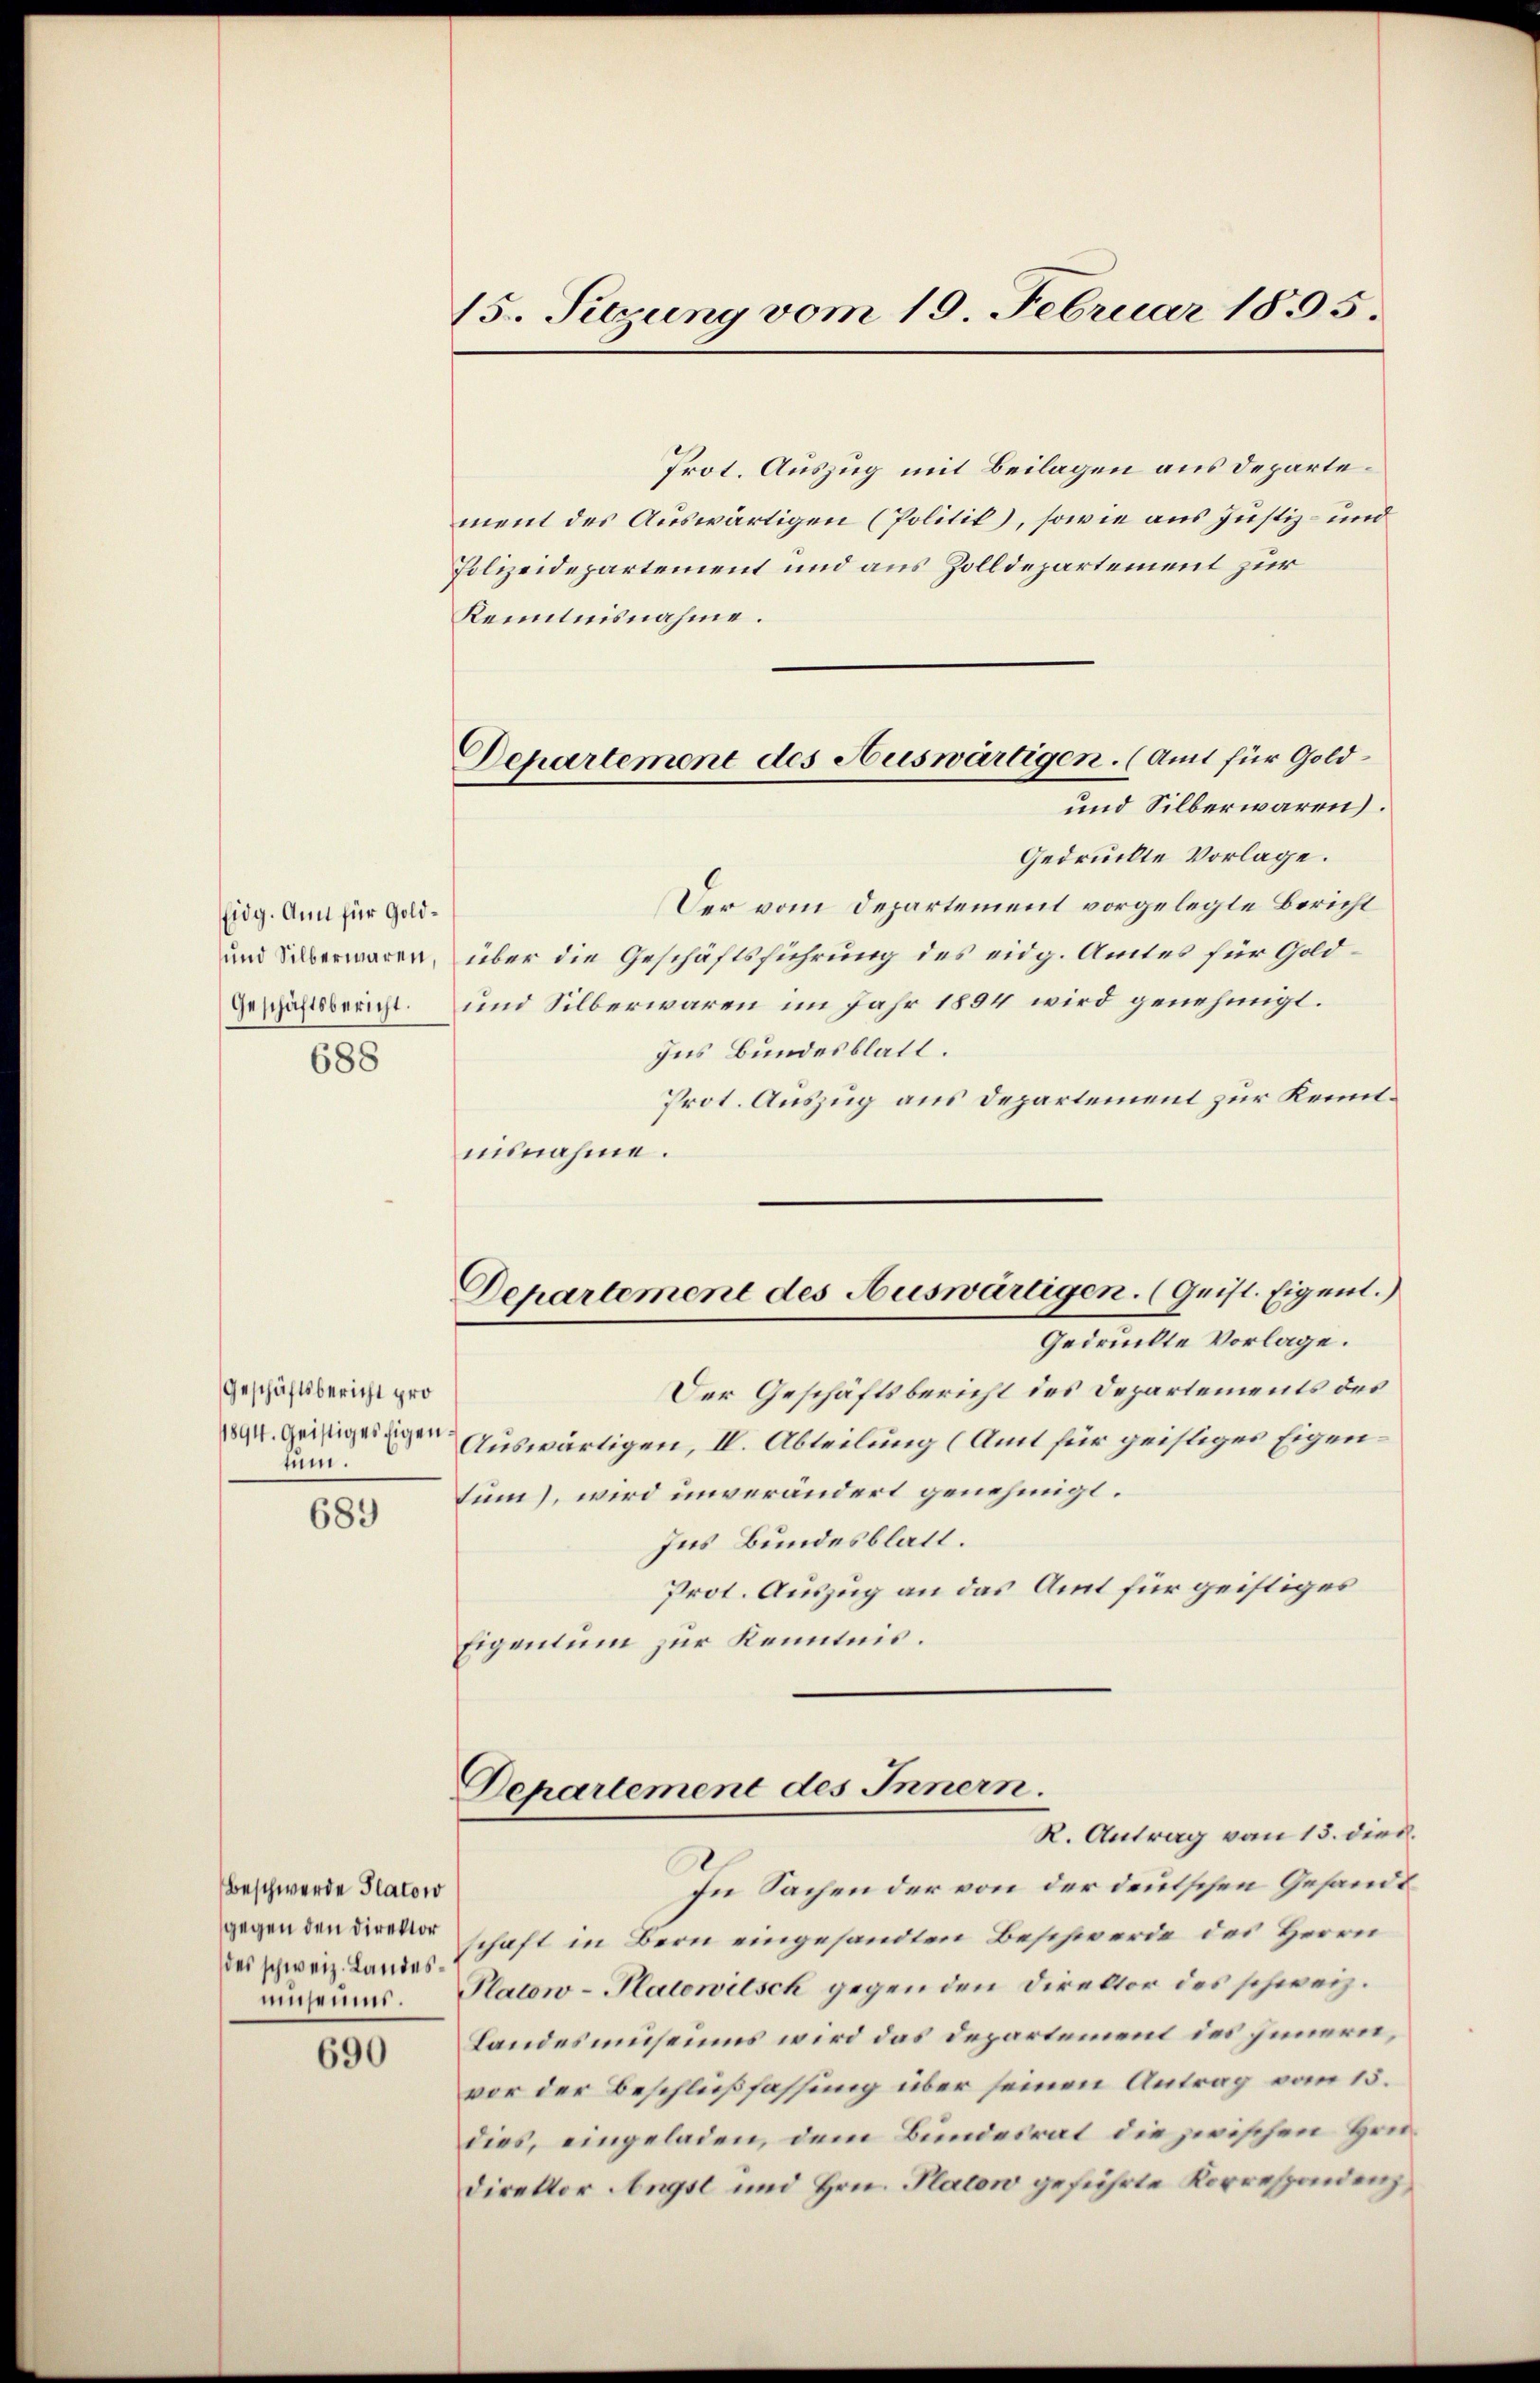
Eidg. Amt für Gold
und Silberwaren,
Geschäftsbericht.

688

Geschäftsbericht pro
tum.

689

Beschwerde Platow
des schweiz. Landesmuseums.

690

15. Setzung vom 19. Februar 1835.

Departement des Auswärtigen. (Amt für Gold¬
und Silberwaren.

Prot. Auszug mit Beilagen aus departement des Auswärtigen (Politik), sowie aus Justiz- und
Polizeidepartement und aus Zolldepartement zur
Kenntnisnahme.
Gedruckte Vorlage.
Der vom Departement vorgelegte Bericht
.
über die Geschäftsführung des eidg. Amtes für Gold¬
und Silberwaren im Jahr 1894 wird genehmigt.
Ins Bundesblatt.
Prot. Auszug aus Departement zur Kenntnisnahme.
Departement des Auswärtigen. (Geist. Eigent.)
Gedruckte Vorlage.
Der Geschäftsbericht des Departements des
1894. Geistigeigen Auswärtigen, II. Abteilung (Amt für geistiges Eigentum), wird unverändert genehmigt.
Ins Bundesblatt.
Prot. Auszug an das Amt für geistiges
Eigentum zur Kenntnis.

Departement des Innern.
R. Antrag von 13. died.

In Sachen der von der deutschen Gesandt
gegen den Beschaft in Bern eingesandten Beschwerde des Herrn
Platow-Platowitsch gegen den Direktor des schweiz.
Landesmuseums wird das Departement des Innern,
vor der Beschlußfassung über seinen Antrag vom 15.
dies, eingeladen, dem Bundesrat die zwischen Hondirektor Angst und Hrn. Platon geführte Korrespondenz